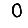
Digit: 0